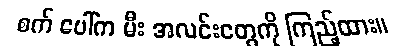
စက် ပေါ်က မီး အလင်းတွေကို ကြည့်ထား။